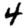
Digit: 4